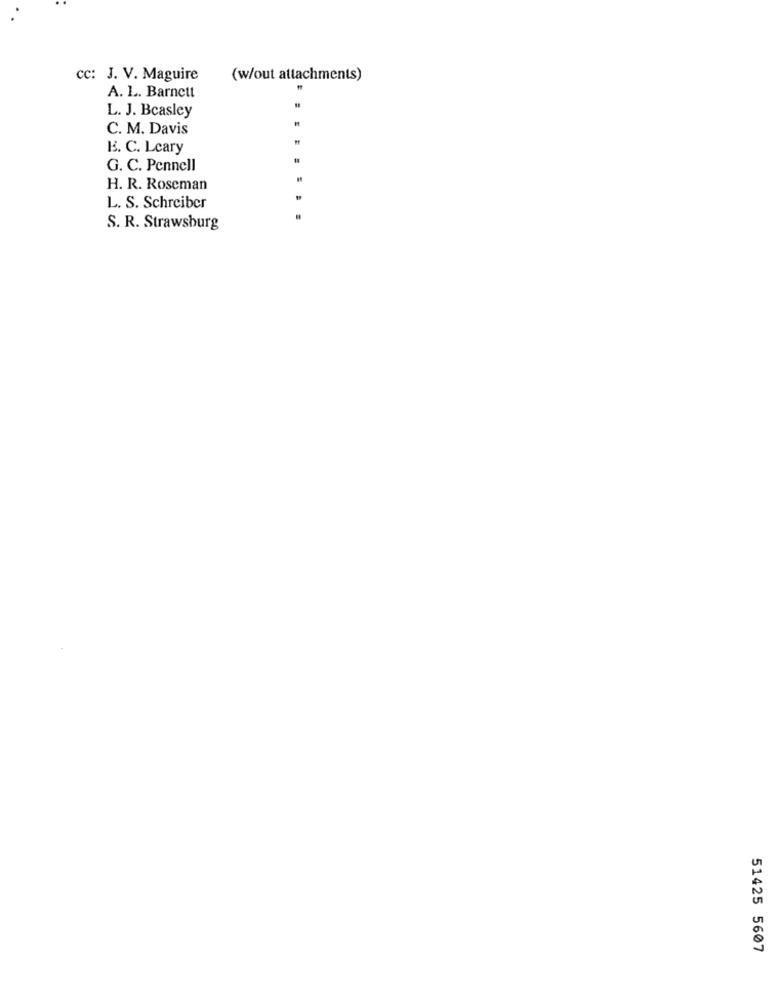
cc: J. V. Maguire
(w/out attachments)
.
A. L. Barnett
L. J. Beasley
C. M. Davis
B. C. Lcary
G. C. Pennell
H. R. Roseman
L. S. Schreiber
S. R. Strawsburg
51425 5607